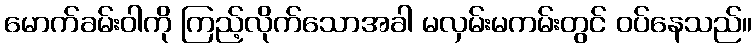
မောက်ခမ်းဝါကို ကြည့်လိုက်သောအခါ မလှမ်းမကမ်းတွင် ဝပ်နေသည်။